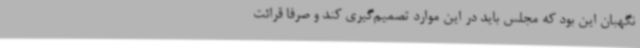
نگهبان این بود که مجلس باید در این موارد تصمیم‌گیری کند و صرفا قرائت